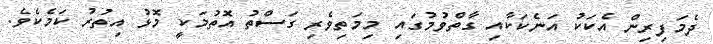
ދެމަފިރިން އެކަކު އަނެކަކާއި ގާތްވުމުގައި މިމަތިވެރި ގަސްތު އޮތުމަކީ މޮޅު އިތުރު ކަމެކެވެ.